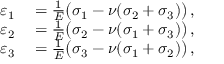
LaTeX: \begin{array} { r l } { \varepsilon _ { 1 } } & { { } = { \frac { 1 } { E } } { \big ( } \sigma _ { 1 } - \nu ( \sigma _ { 2 } + \sigma _ { 3 } ) { \big ) } \, , } \\ { \varepsilon _ { 2 } } & { { } = { \frac { 1 } { E } } { \big ( } \sigma _ { 2 } - \nu ( \sigma _ { 1 } + \sigma _ { 3 } ) { \big ) } \, , } \\ { \varepsilon _ { 3 } } & { { } = { \frac { 1 } { E } } { \big ( } \sigma _ { 3 } - \nu ( \sigma _ { 1 } + \sigma _ { 2 } ) { \big ) } \, , } \end{array}